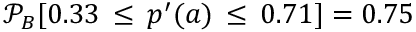
\mathcal { P } _ { B } [ 0 . 3 3 \, \leq \, p ^ { \prime } ( a ) \, \leq \, 0 . 7 1 ] = 0 . 7 5